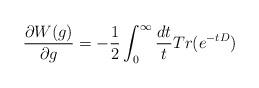
LaTeX: \begin{align*} \frac{\partial W(g)}{\partial g} = - \frac{1}{2}\int_0^\infty \frac{dt}{t} Tr(e^{-tD})\end{align*}